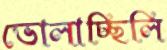
ভোলাচ্ছিলি